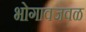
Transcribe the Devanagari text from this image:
भोगावजवळ